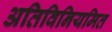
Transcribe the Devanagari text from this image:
अतिविनियमित